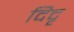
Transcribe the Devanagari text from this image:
दिदृ